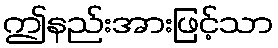
ဤနည်းအားဖြင့်သာ